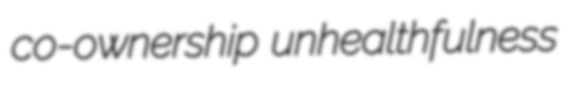
co-ownership unhealthfulness